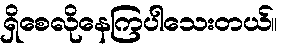
ရှိစေလိုနေကြပါသေးတယ်။